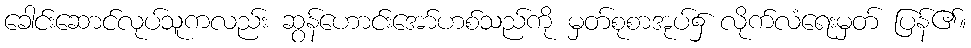
ခေါင်းဆောင်လုပ်သူကလည်း ဆွန်ဟောင်းအော်ဟစ်သည်ကို မှတ်စုစာအုပ်၌ လိုက်လံရေးမှတ် ပြန်၏။